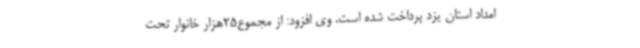
امداد استان یزد پرداخت‌ شده است. وی افزود: از مجموع25هزار خانوار تحت